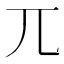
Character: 兀